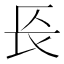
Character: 𨱗